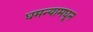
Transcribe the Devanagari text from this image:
धमन्यामधून